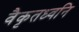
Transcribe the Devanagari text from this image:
वैकृतध्वनि